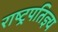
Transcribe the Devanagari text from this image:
राष्ट्रपतिज्ञ्य